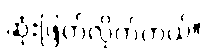
ဆုံးဖြတ်လိုက်တယ်။